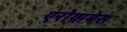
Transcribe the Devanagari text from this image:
एरोग्रामेस